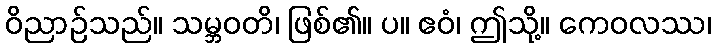
ဝိညာဉ်သည်။ သမ္ဘဝတိ၊ ဖြစ်၏။ ပ။ ဧဝံ၊ ဤသို့။ ကေဝလဿ၊